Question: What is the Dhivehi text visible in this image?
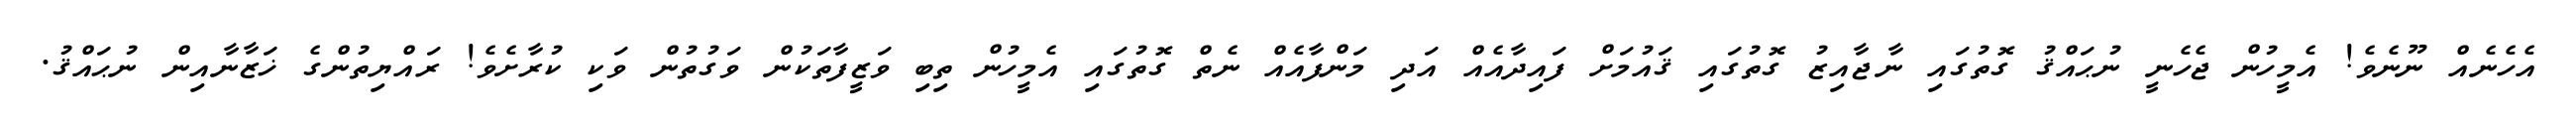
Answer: އެހެނެއް ނޫނެވެ! އެމީހުން ޖެހެނީ ނުޙައްޤު ގޮތުގައި ނާޖާއިޒު ގޮތުގައި ޤައުމަށް ފައިދާއެއް އަދި މަންފާއެއް ނެތް ގޮތުގައި އެމީހުން ތިބި ވަޒީފާތަކުން ވަގުތުން ވަކި ކުރާށެވެ! ރައްޔިތުންގެ ޚަޒާނާއިން ނުޙައްޤު.